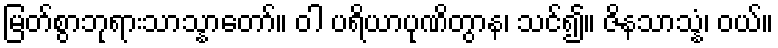
မြတ်စွာဘုရားသာသ္နာတော်။ ဝါ ပရိယာပုဏိတွာန၊ သင်၍။ ဇိနသာသ္နံ၊ ဝယ်။